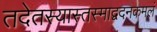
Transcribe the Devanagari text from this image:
तदेतस्यास्तस्माद्वदनकमलं